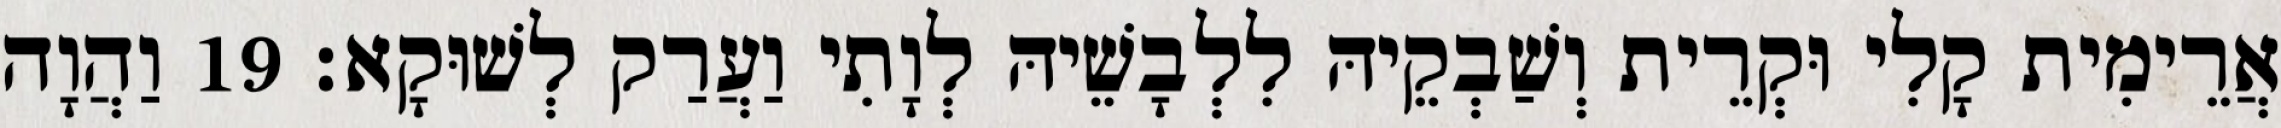
אֲרֵימִית קָלִי וּקְרֵית וְשַׁבְקֵיהּ לִלְבָשֵׁיהּ לְוָתִי וַעֲרַק לְשׁוּקָא׃ 19 וַהֲוָה